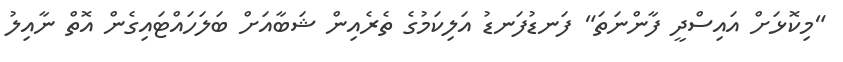
"މިކޮޅަށް އައިސްދީ ފާންނަތަ" ފަނޑުފަނޑު އަލިކަމުގެ ތެރެއިން ޝަބާއަށް ބަލަހައްޓައިގެން އޮތް ނާއިލު